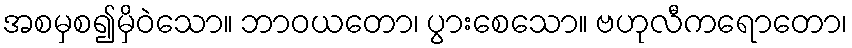
အစမှစ၍မှိဝဲသော။ ဘာဝယတော၊ ပွားစေသော။ ဗဟုလီကရောတော၊